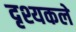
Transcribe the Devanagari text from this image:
दृश्यकले